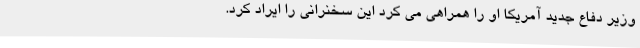
وزیر دفاع جدید آمریکا او را همراهی می کرد این سخنرانی را ایراد کرد.